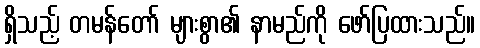
ရှိသည့် တမန်တော် များစွာ၏ နာမည်ကို ဖော်ပြထားသည်။